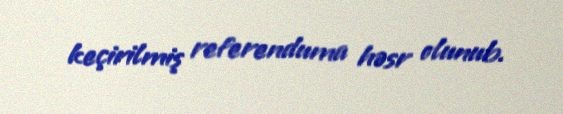
keçirilmiş referenduma həsr olunub.